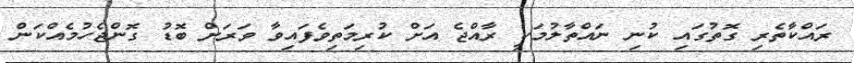
ރައްކާތެރި ގޮތުގައި ކުނި ނައްތާލުމަކީ ރާއްޖެ އަށް ކުރިމަތިވެފައިވާ ވަރަށް ބޮޑު ގޮންޖެހުމެއްކަން